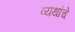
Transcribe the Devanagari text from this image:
व्यथांचे